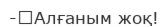
-	Алғаным жоқ!